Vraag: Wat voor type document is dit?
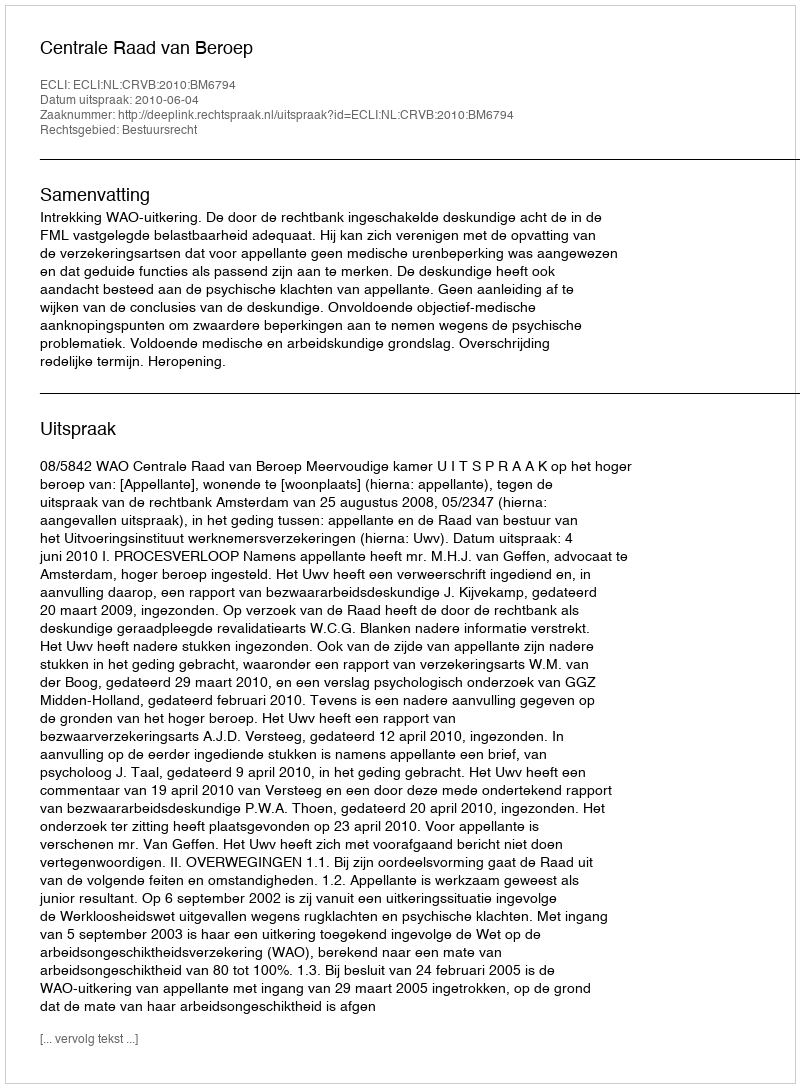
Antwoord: Uitspraak